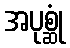
အပုစ္ဆုံ